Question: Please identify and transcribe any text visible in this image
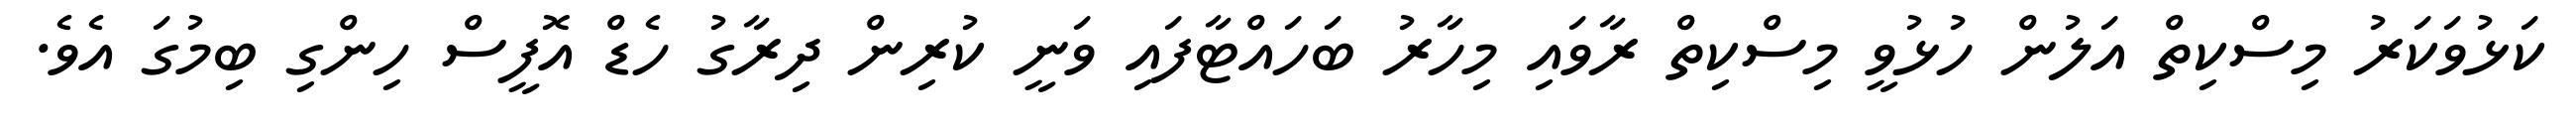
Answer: ކަޅުވަކަރު މިސްކިތް އަލުން ހުޅުވީ މިސްކިތް ރާވައި މިހާރު ބަހައްޓާފައި ވަނީ ކުރިން ދިރާގު ހެޑް އޮފީސް ހިންގި ބިމުގަ އެވެ.